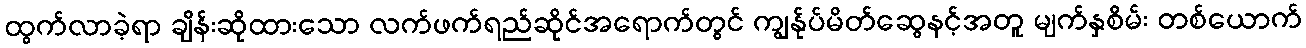
ထွက်လာခဲ့ရာ ချိန်းဆိုထားသော လက်ဖက်ရည်ဆိုင်အရောက်တွင် ကျွန်ုပ်မိတ်ဆွေနင့်အတူ မျက်နှစိမ်း တစ်ယောက်